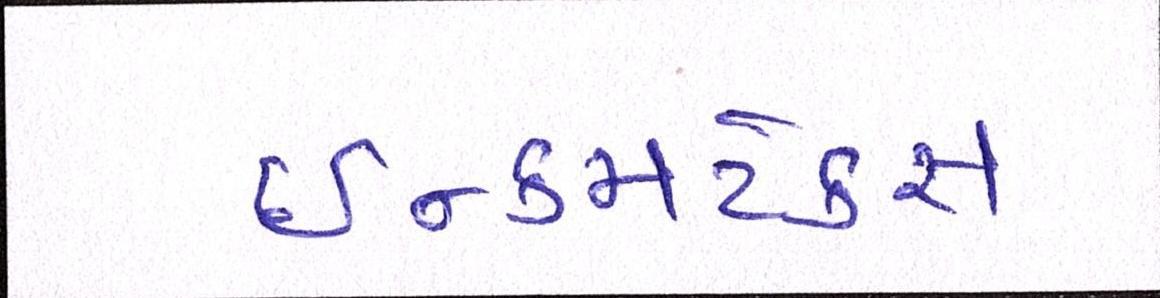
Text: ઈન્કમટેક્સ